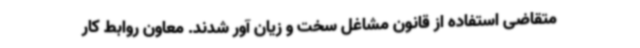
متقاضی استفاده از قانون مشاغل سخت و زیان آور شدند. معاون روابط کار